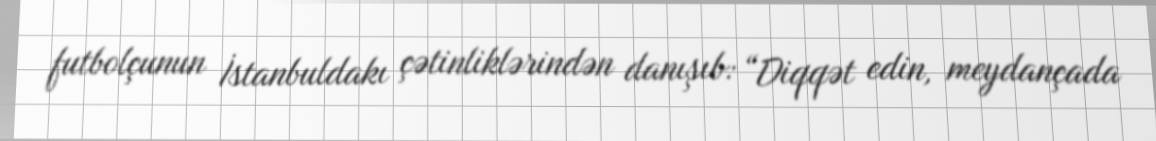
futbolçunun İstanbuldakı çətinliklərindən danışıb: “Diqqət edin, meydançada